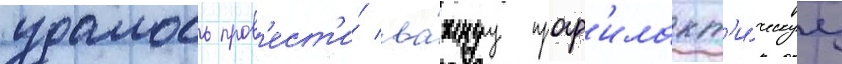
удалось пров'ест'и́ ва́жнуу проф'илакт'и́ческуу